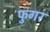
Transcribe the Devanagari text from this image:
फुगर